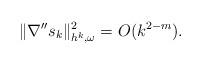
LaTeX: \begin{align*}\|\nabla'' s_{k}\|^2_{h^k, \omega} = O(k^{2-m}). \end{align*}